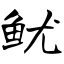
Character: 鱿